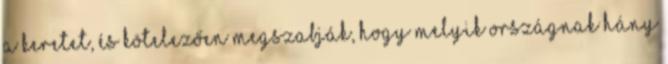
a keretet, és kötelezően megszabják, hogy melyik országnak hány